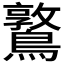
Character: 𪆃